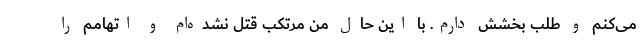
می‌کنم و طلب بخشش دارم. با این حال من مرتکب قتل نشده‌ام و اتهامم را